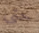
حتى